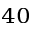
^ { 4 0 }